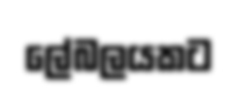
ලේබලයකට